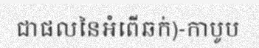
ជាផលនៃអំពើឆក់)-កាបូប